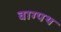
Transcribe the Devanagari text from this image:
वाग्पथ